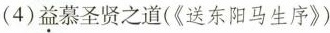
(4)益慕圣贤之道(《送东阳马生序》)